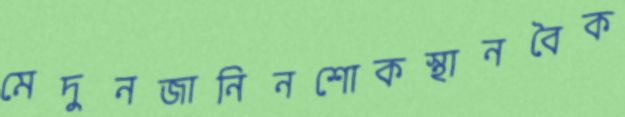
মেদুনজানিনশোকস্থানবৈক